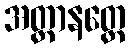
အတ္ထာနတ္ထေ